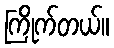
ကြိုက်တယ်။